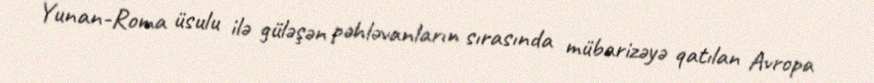
Yunan-Roma üsulu ilə güləşən pəhləvanların sırasında mübarizəyə qatılan Avropa